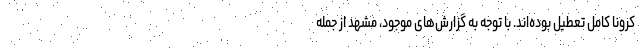
کرونا کامل تعطیل بوده‌اند. با توجه به گزارش‌های موجود، مشهد از جمله